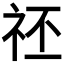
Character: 𥘻